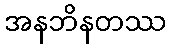
အနဘိနတဿ